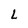
Character: L